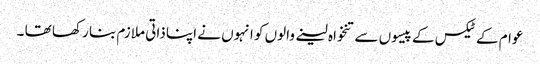
عوام کے ٹیکس کے پیسوں سے تنخواہ لینے والوں کو انہوں نے اپنا ذاتی ملازم بنا رکھا تھا ۔